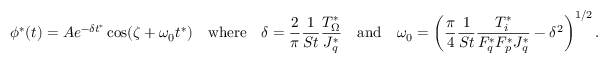
\phi ^ { * } ( t ) = A e ^ { - \delta t ^ { * } } \cos ( \zeta + \omega _ { 0 } t ^ { * } ) \quad \mathrm { w h e r e } \quad \delta = \frac { 2 } { \pi } \frac { 1 } { S t } \frac { T _ { \Omega } ^ { * } } { J _ { q } ^ { * } } \quad \mathrm { a n d } \quad \omega _ { 0 } = \left( \frac { \pi } { 4 } \frac { 1 } { S t } \frac { T _ { i } ^ { * } } { F _ { q } ^ { * } F _ { p } ^ { * } J _ { q } ^ { * } } - \delta ^ { 2 } \right) ^ { 1 / 2 } .